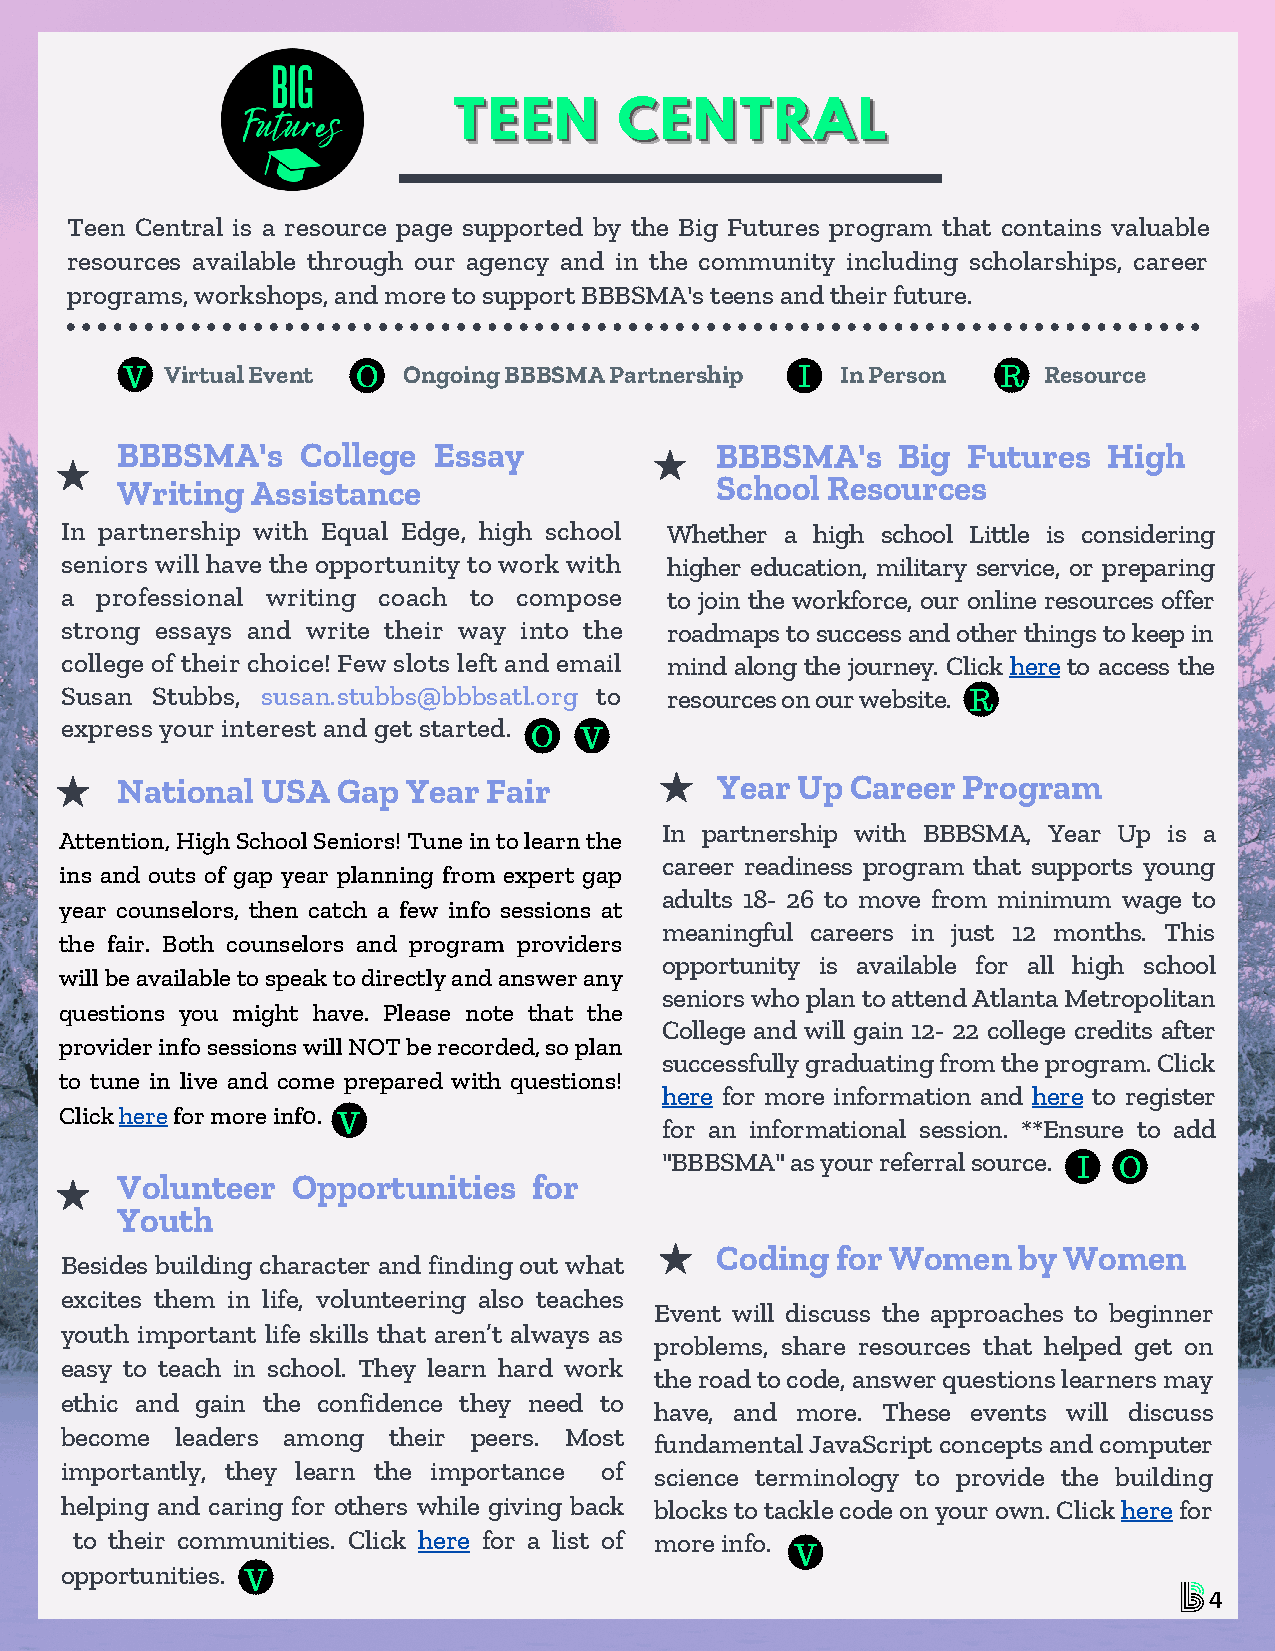
TTTEEEEEENNN CCCEEENNNTTTRRRAAALLL
 Teen Central is a resource page supported by the Big Futures program that contains valuable
 resources available through our agency and in the community including scholarships, career
 programs, workshops, and more to support BBBSMA's teens and their future.
 V  Virtual Event O Ongoing BBBSMA Partnership I In Person R  Resource
 BBBSMA's    College  Essay             BBBSMA's    Big  Futures  High
 Writing  Assistance                    School  Resources
 In partnership with Equal Edge, high school Whether a high school Little is considering
 seniors will have the opportunity to work with higher education, military service, or preparing
 a professional writing coach to compose to join the workforce, our online resources offer
 strong essays and write their way into the roadmaps to success and other things to keep in
 college of their choice! Few slots left and email mind along the journey. Click here to access the
 Susan Stubbs, susan.stubbs@bbbsatl.org to resources on our website. R
 express your interest and get started.
 O  V
 National USA  Gap  Year Fair           Year  Up Career  Program
 In partnership with BBBSMA, Year Up is a
 Attention, High School Seniors! Tune in to learn the
 career readiness program that supports young
 ins and outs of gap year planning from expert gap
 adults 18- 26 to move from minimum wage to
 year counselors, then catch a few info sessions at
 meaningful careers in just 12 months. This
 the fair. Both counselors and program providers
 opportunity is available for all high school
 will be available to speak to directly and answer any
 seniors who plan to attend Atlanta Metropolitan
 questions you might have. Please note that the
 College and will gain 12- 22 college credits after
 provider info sessions will NOT be recorded, so plan
 successfully graduating from the program. Click
 to tune in live and come prepared with questions!
 here for more information and here to register
 Click here for more inf0.
 V                     for an informational session. **Ensure to add
 "BBBSMA" as your referral source.
 I  O
 Volunteer  Opportunities   for
 Youth
 Coding  for Women   by Women
 Besides building character and finding out what
 excites them in life, volunteering also teaches
 Event will discuss the approaches to beginner
 youth important life skills that aren’t always as
 problems, share resources that helped get on
 easy to teach in school. They learn hard work
 the road to code, answer questions learners may
 ethic and gain the confidence they need to
 have, and more. These events will discuss
 become  leaders among their peers. Most
 fundamental JavaScript concepts and computer
 importantly, they learn the importance of science terminology to provide the building
 helping and caring for others while giving back blocks to tackle code on your own. Click here for
 to their communities. Click here for a list of more info.
 V
 opportunities. V
 4